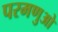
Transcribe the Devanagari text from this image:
परमणुओ